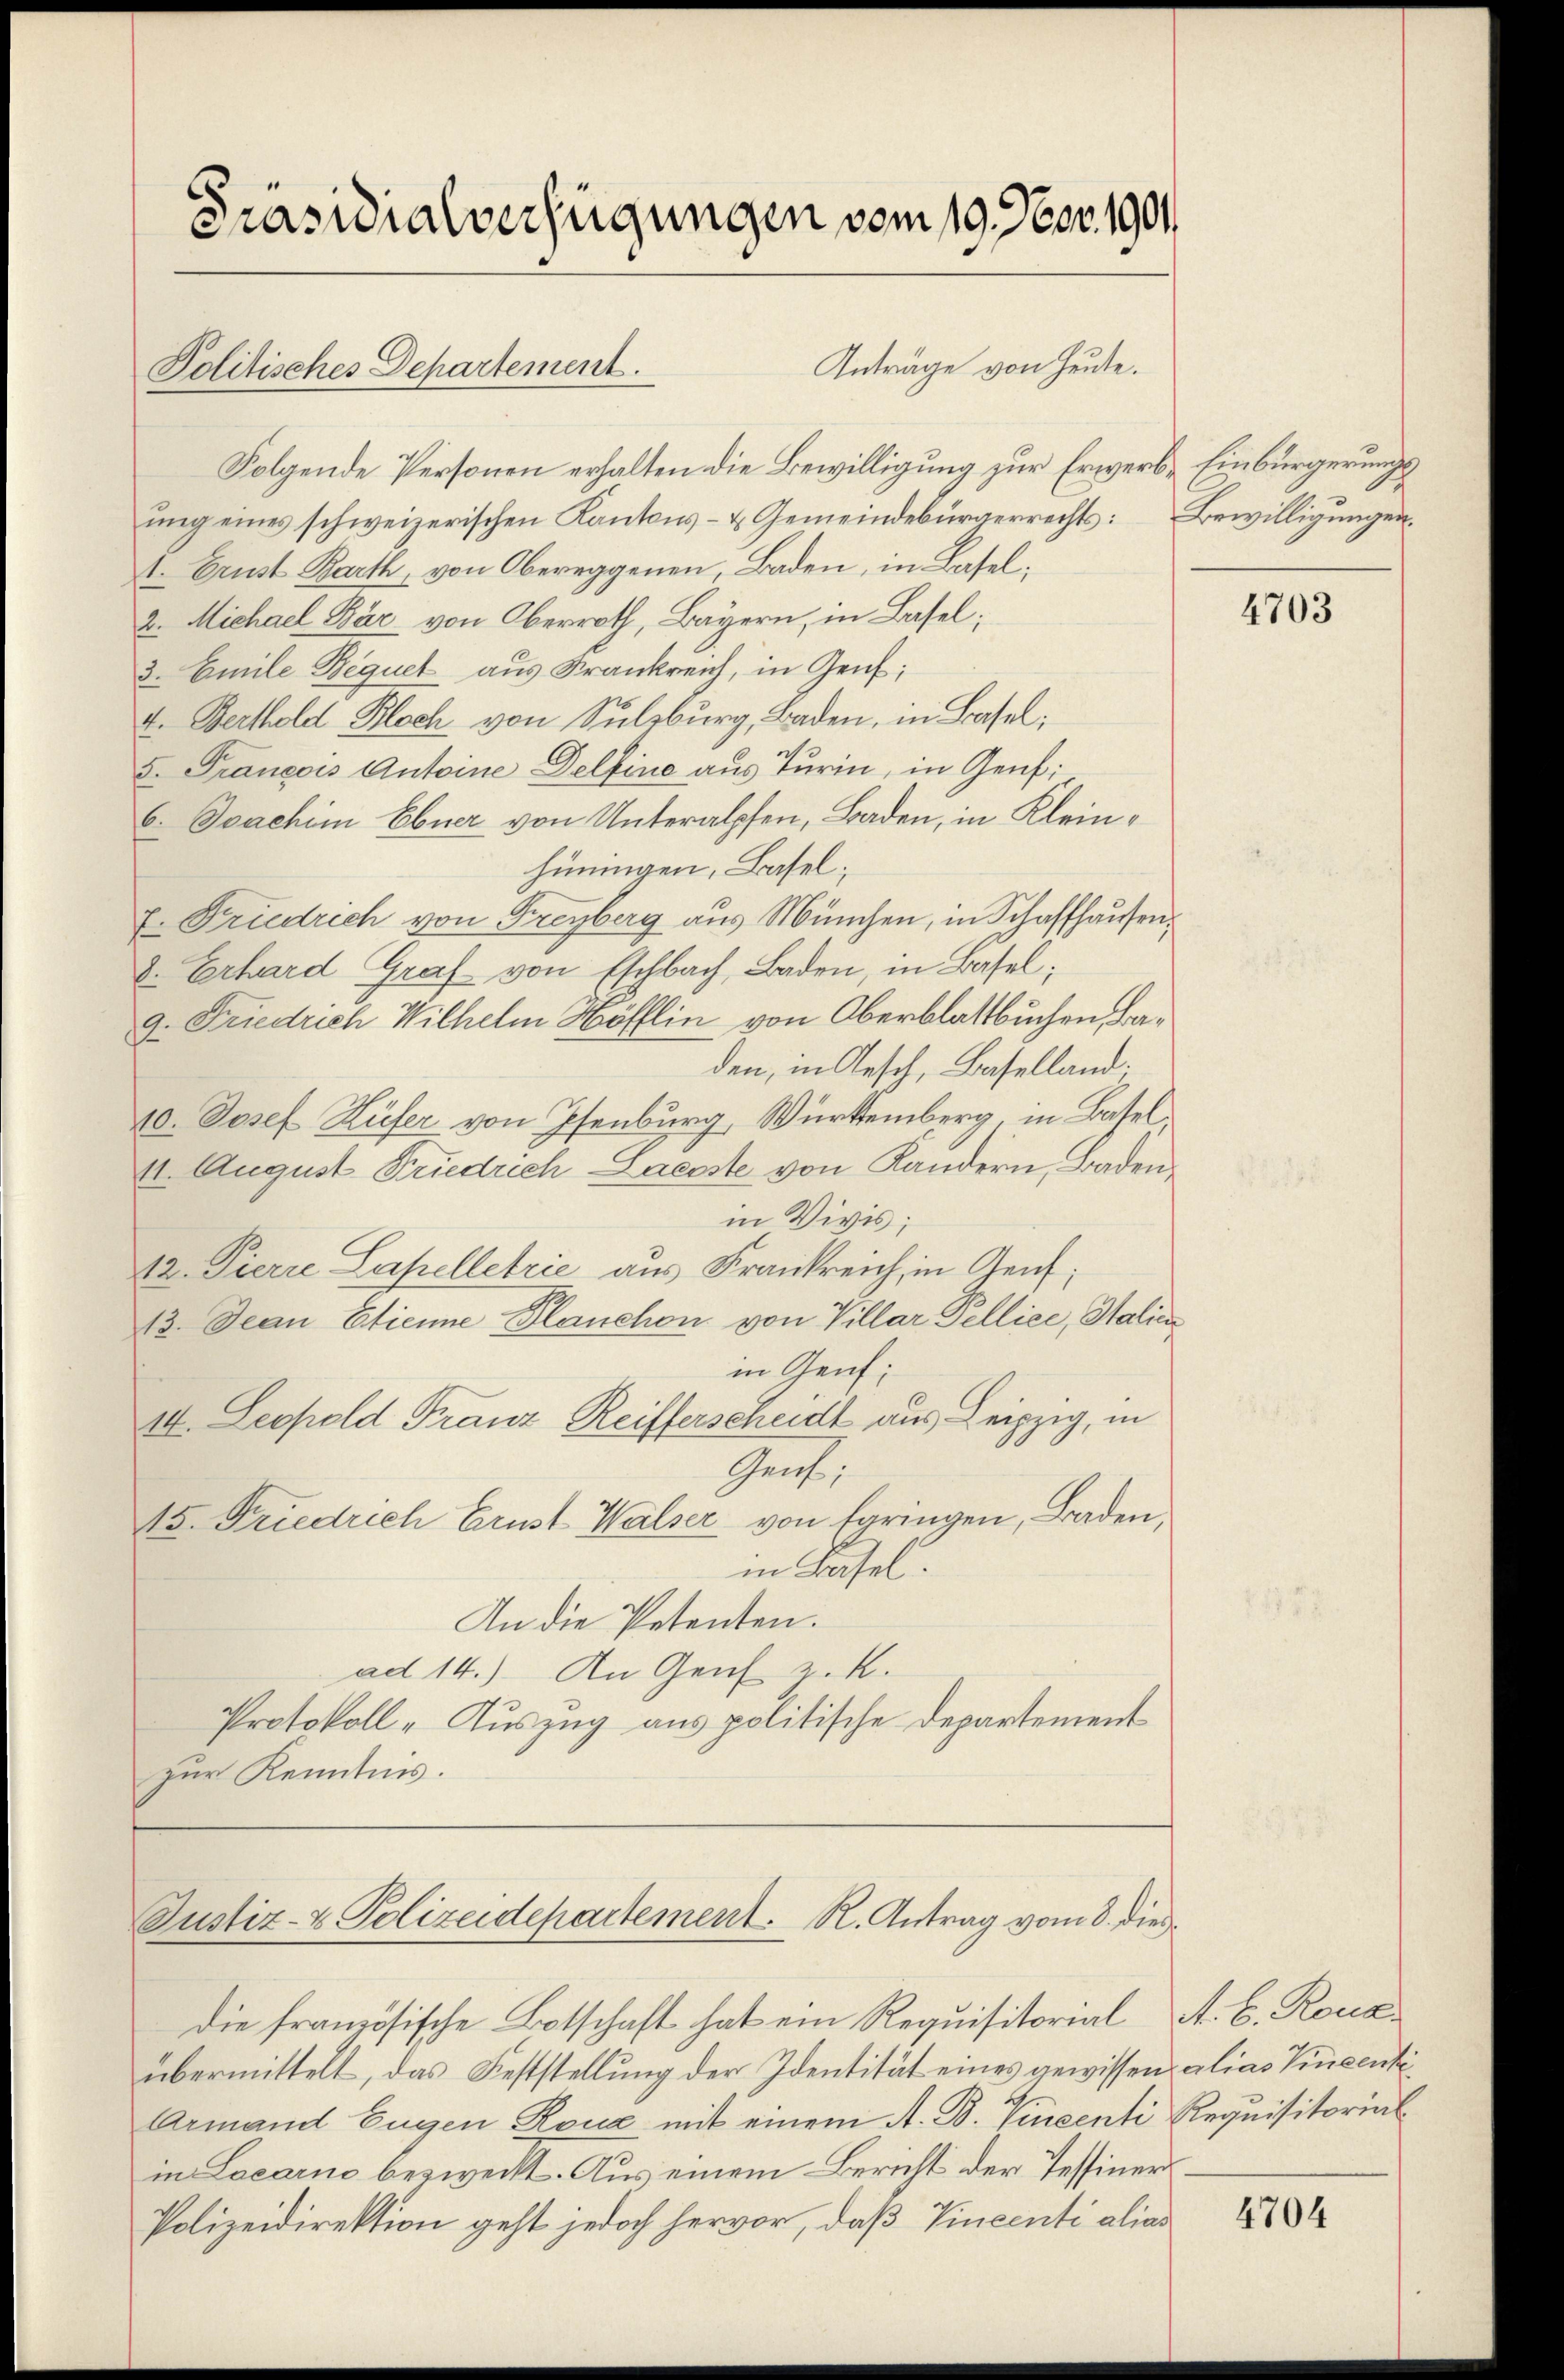
Präsidialverfügungen vom 19. Nov. 1901

Anträge von Heute.
Folgende Personen erhalten die Bewilligung zur Erwerb- Einbürgerungs
ung eines schweizerischen Kantons- & Gemeindebürgerrechts: Bewilligungen.
1. Ernst Barth, von Obereggenen Baden, in Basel¬
2. Michael Bär von Oberroth, Bayern, in Basel;
3. Emile Bequet aus Frankreich, in Genf,
4. Berthold Bloch von Sulzburg, Baden, in Basel;
5. François Antoine Delfine aus Turin, in Genf:
6. Joachim Ebner von Unteralpfen, Baden, in Kleinhüningen, Basel;
E. Friedrich von Freyberg aus München, in Schaffhausen.
8. Erhard Graf von Eschbach, Baden, in Basel;
9. Friedrich Wilhelm Höfflin von Oberblattbuchen Baden, in Aesch, Baselland.
10. Josef Küfer von Pfenburg, Würtemberg in Basel
11. August Friedrich-Laesste von Kandern, Badenin Vivis;
12. Pierre Lapelletrie aus Frankreich, in Genf,
13. Jean Etienne Planchon von Villar Pellice, Salic
in Genf;
14. Leopold Franz Reifferscheidt aus Leipzig, in
Gent;
15. Friedrich Brust Walser von Egringen, Baden,
in Basel.
An die Petenten.
ad 14.) An Genf v. K.
Protokoll - Auszug aus politische Departement
zur Kenntnis.

Politisches Departement.

die französische Botschaft hat ein Requisitorial A. B. Roma
übermittelt, das Feststellung der Identität eines gewissen alias Vincenti
Armand Eugen Reue mit einem A. B. Vincenti Requisitorial
in Locarno bezweckt. Aus einem Bericht der Tessiner¬
Polizeidirektion geht jedoch hervor, daß Vincenti alias

Justiz- & Polizeidepartement. R. Antrag vom 8. dies

4703

4704